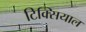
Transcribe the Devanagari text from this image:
टिक्सियाल